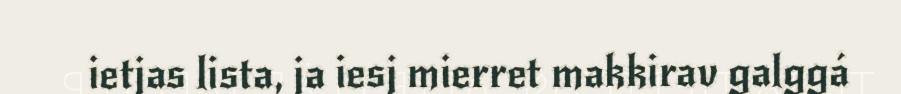
ietjas lista, ja iesj mierret makkirav galggá